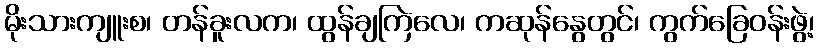
မိုးသားကျူးစ၊ တန်ခူးလက၊ ထွန်ချကြဲလေ၊ ကဆုန်နွေတွင်၊ ကွက်ခြေဝန်းဖွဲ့၊